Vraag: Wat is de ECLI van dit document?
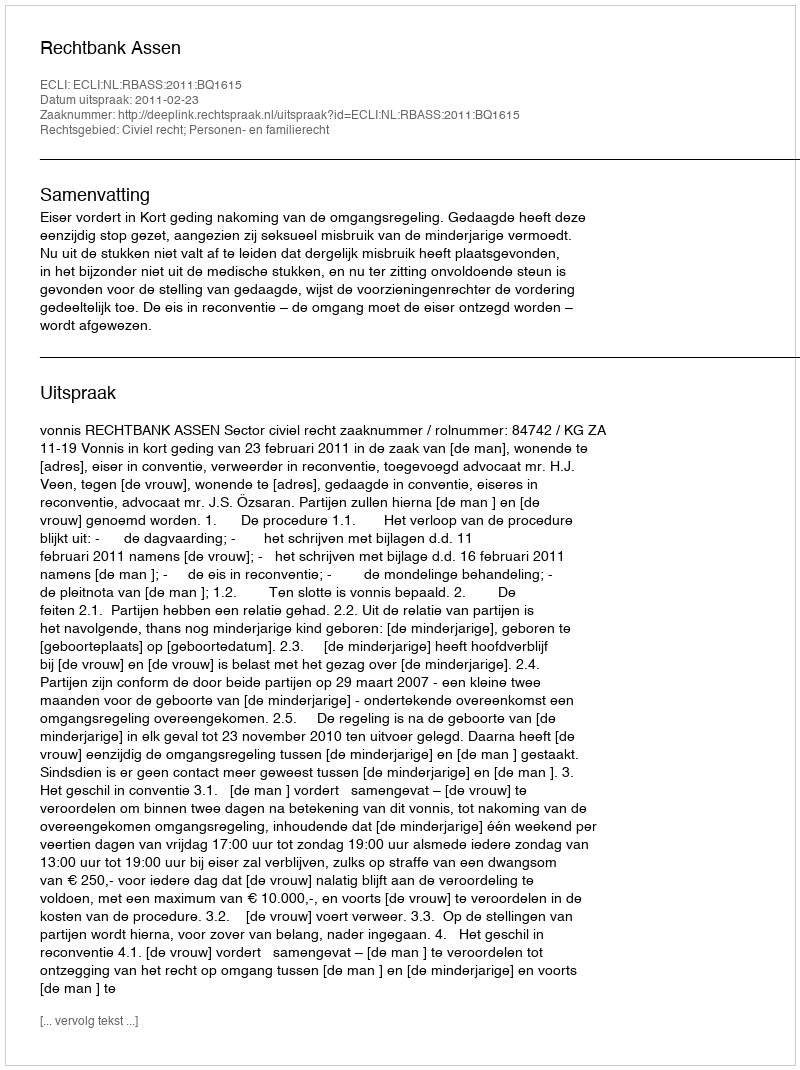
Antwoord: ECLI:NL:RBASS:2011:BQ1615